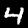
Label: 4